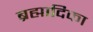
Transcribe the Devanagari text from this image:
ब्रह्मादिका